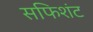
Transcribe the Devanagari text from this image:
सफिशंट